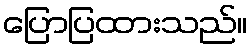
ပြောပြထားသည်။